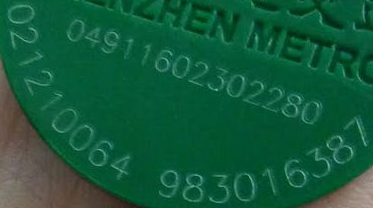
021210064 983016387